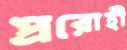
প্ররোহী